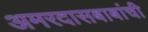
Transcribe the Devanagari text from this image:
अमरदासबाबांची